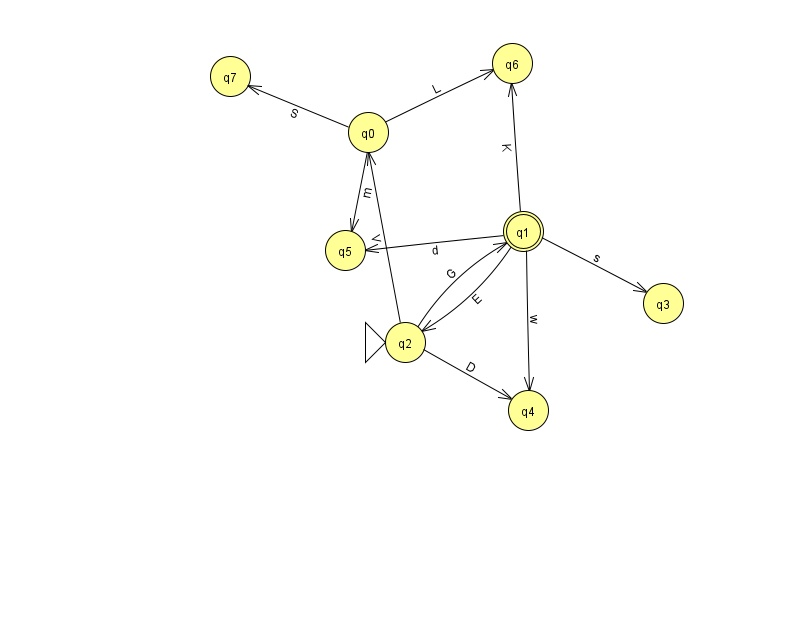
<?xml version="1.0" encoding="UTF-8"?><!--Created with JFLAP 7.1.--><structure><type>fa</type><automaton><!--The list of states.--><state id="0" name="q0"><x>368.0</x><y>119.0</y></state><state id="1" name="q1"><x>523.0</x><y>218.0</y><final/></state><state id="2" name="q2"><x>405.0</x><y>329.0</y><initial/></state><state id="3" name="q3"><x>663.0</x><y>290.0</y></state><state id="4" name="q4"><x>528.0</x><y>397.0</y></state><state id="5" name="q5"><x>345.0</x><y>237.0</y></state><state id="6" name="q6"><x>512.0</x><y>50.0</y></state><state id="7" name="q7"><x>230.0</x><y>63.0</y></state><!--The list of transitions.--><transition><from>0</from><to>6</to><read>L</read></transition><transition><from>2</from><to>0</to><read>V</read></transition><transition><from>1</from><to>3</to><read>s</read></transition><transition><from>1</from><to>4</to><read>w</read></transition><transition><from>0</from><to>7</to><read>S</read></transition><transition><from>1</from><to>6</to><read>K</read></transition><transition><from>0</from><to>5</to><read>m</read></transition><transition><from>1</from><to>2</to><read>E</read></transition><transition><from>2</from><to>4</to><read>D</read></transition><transition><from>1</from><to>5</to><read>d</read></transition><transition><from>2</from><to>1</to><read>G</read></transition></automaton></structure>